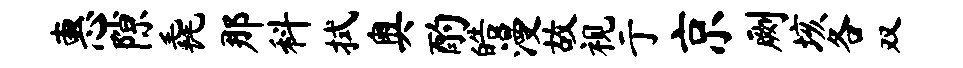
惠隙毳那科拭奥酌皓漫故视亍京劂垓各双